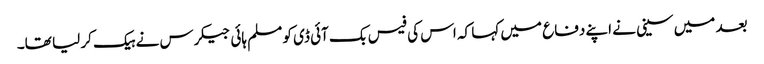
بعد میں سینی نے اپنے دفاع میں کہا کہ اس کی فیس بک آئی ڈی کو مسلم ہائی جیکرس نے ہیک کر لیا تھا۔